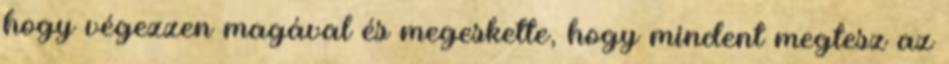
hogy végezzen magával és megeskette, hogy mindent megtesz az